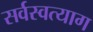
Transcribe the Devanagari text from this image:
सर्वस्वत्याग